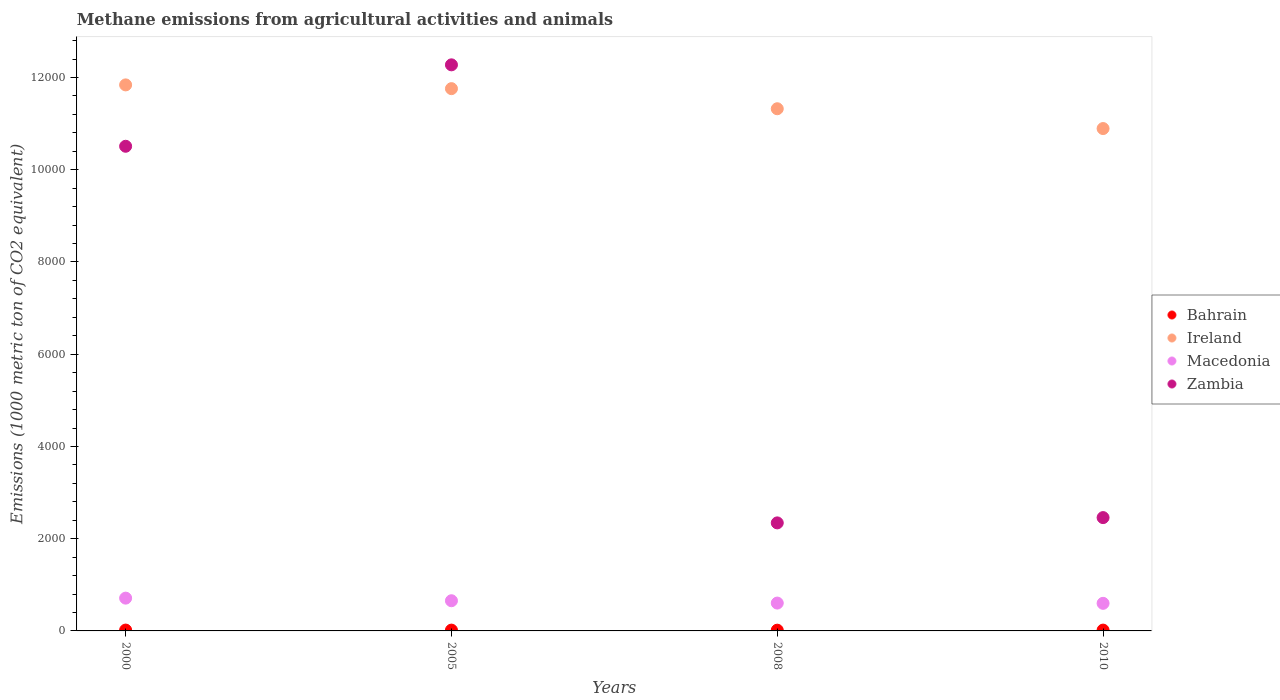
| Years | Bahrain | Ireland | Macedonia | Zambia |
 | --- | --- | --- | --- | --- |
 | 2000 | 18.5 | 1.18e+04 | 711 | 1.05e+04 |
 | 2005 | 17.5 | 1.18e+04 | 654 | 1.23e+04 |
 | 2008 | 16.2 | 1.13e+04 | 604 | 2.34e+03 |
 | 2010 | 17.7 | 1.09e+04 | 598 | 2.46e+03 |